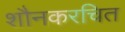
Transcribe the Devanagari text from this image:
शौनकरचित